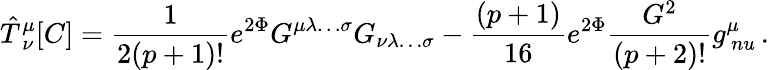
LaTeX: {\hat{T}}_{\ \nu}^{\mu}[C]={\frac{1}{2(p+1)!}}e^{2\Phi}G^{\mu\lambda\ldots\sigma}G_{\nu\lambda\ldots\sigma}-{\frac{(p+1)}{16}}e^{2\Phi}{\frac{G^{2}}{(p+2)!}}g_{\, nu}^{\mu}\, .